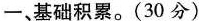
一、基础积累。